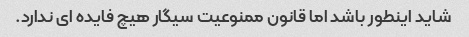
شاید اینطور باشد اما قانون ممنوعیت سیگار هیچ فایده ای ندارد.